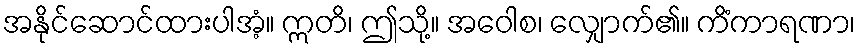
အနိုင်ဆောင်ထားပါအံ့။ ဣတိ၊ ဤသို့။ အဝေါစ၊ လျှောက်၏။ ကိံကာရဏာ၊